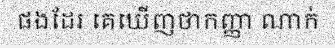
ផងដែរ គេឃើញថាកញ្ញា ណាក់